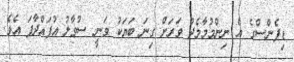
ޑިފެންސްގެ އެ ނިންމުމާމެދު ވަރަށް ގިނަ ބަޔަކު ވަނީ ސުވާލު އުފައްދާފަ އެވެ.